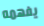
يفهمه